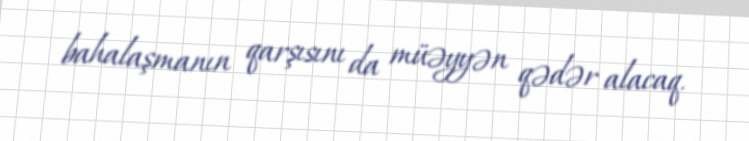
bahalaşmanın qarşısını da müəyyən qədər alacaq.